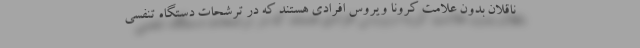
ناقلان بدون علامت کرونا ویروس افرادی هستند که در ترشحات دستگاه تنفسی